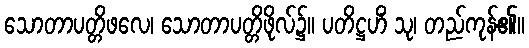
သောတာပတ္တိဖလေ၊ သောတာပတ္တိဖိုလ်၌။ ပတိဋ္ဌဟိံ သု၊ တည်ကုန်၏။